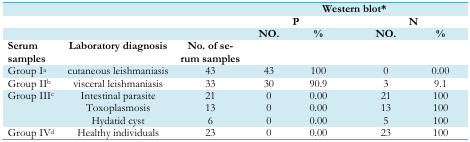
<table><thead><tr><td colspan="3"><b> </b></td><td colspan="4"><b>Western blot*</b></td></tr><tr><td colspan="3"><b> </b></td><td colspan="2"><b>P</b></td><td colspan="2"><b>N</b></td></tr><tr><td colspan="3"><b> </b></td><td><b>NO.</b></td><td><b>%</b></td><td><b>NO.</b></td><td><b>%</b></td></tr><tr><td><b>Serum samples</b></td><td><b>Laboratory diagnosis</b></td><td><b>No. of serum samples</b></td><td></td><td></td><td></td><td></td></tr></thead><tbody><tr><td>Group I<sup>a</sup></td><td>cutaneous leishmaniasis</td><td>43</td><td>43</td><td>100</td><td>0</td><td>0.00</td></tr><tr><td>Group II<sup>b</sup></td><td>visceral leishmaniasis</td><td>33</td><td>30</td><td>90.9</td><td>3</td><td>9.1</td></tr><tr><td rowspan="3">Group III<sup>c</sup></td><td>Intestinal parasite</td><td>21</td><td>0</td><td>0.00</td><td>21</td><td>100</td></tr><tr><td>Toxoplasmosis</td><td>13</td><td>0</td><td>0.00</td><td>13</td><td>100</td></tr><tr><td>Hydatid cyst</td><td>6</td><td>0</td><td>0.00</td><td>5</td><td>100</td></tr><tr><td>Group IV<sup>d</sup></td><td>Healthy individuals</td><td>23</td><td>0</td><td>0.00</td><td>23</td><td>100</td></tr></tbody></table>